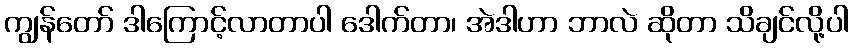
ကျွန်တော် ဒါကြောင့်လာတာပါ ဒေါက်တာ၊ အဲဒါဟာ ဘာလဲ ဆိုတာ သိချင်လို့ပါ